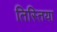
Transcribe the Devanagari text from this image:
तिस्तिया